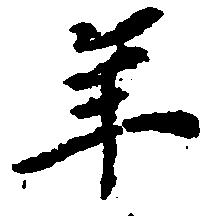
年